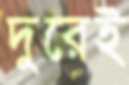
দুরেই